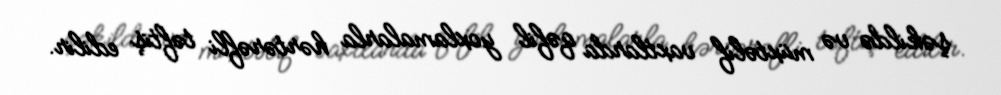
şəkildə və müxtəlif vaxtlarda qəfil yoxlamalarla hərtərəfli təftiş edilir.